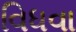
વિધવા